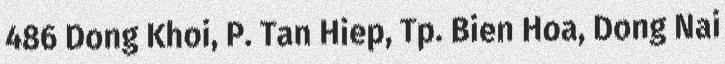
486 Dong Khoi, P. Tan Hiep, Tp. Bien Hoa, Dong Nai